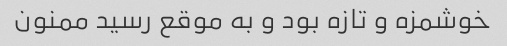
خوشمزه و تازه بود و به موقع رسید ممنون